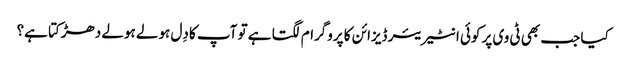
کیا جب بھی ٹی وی پر کوئی انٹیریئر ڈیزائن کا پروگرام لگتا ہے تو آپ کا دِل ہولے ہولے دھڑکتا ہے؟